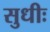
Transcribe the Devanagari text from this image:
सुधीः